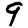
Digit: 9